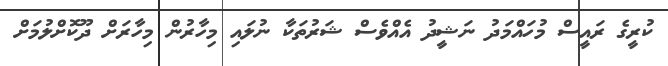
ކުރީގެ ރައީސް މުހައްމަދު ނަޝީދު އެއްވެސް ޝަރުތަކާ ނުލައި މިހާރުން މިހާރަށް ދޫކޮށްލުމަށް